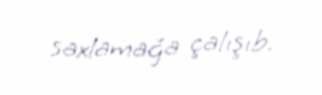
saxlamağa çalışıb.